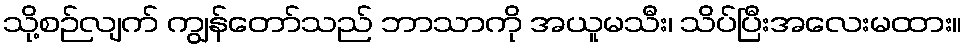
သို့စဉ်လျက် ကျွန်တော်သည် ဘာသာကို အယူမသီး၊ သိပ်ပြီးအလေးမထား။